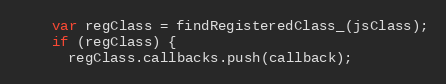
Language: JavaScript
    var regClass = findRegisteredClass_(jsClass);
    if (regClass) {
      regClass.callbacks.push(callback);